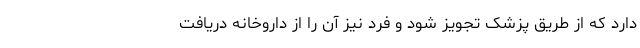
دارد که از طریق پزشک تجویز شود و فرد نیز آن را از داروخانه دریافت